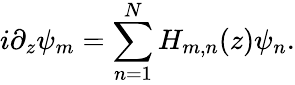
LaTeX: i\partial_{z}\psi_{m}=\sum_{n=1}^{N}H_{m,n}(z)\psi_{n}.